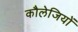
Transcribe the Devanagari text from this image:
कौलेजियों